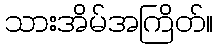
သားအိမ်အကြိတ်။